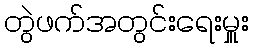
တွဲဖက်အတွင်းရေးမှူး